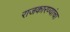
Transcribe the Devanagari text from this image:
राजकारण्यांचा